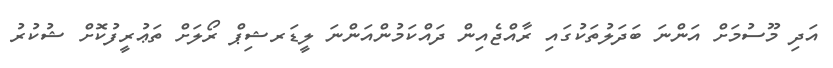
އަދި މޫސުމަށް އަންނަ ބަދަލުތަކުގައި ރާއްޖެއިން ދައްކަމުންއަންނަ ލީޑަރޝިޕް ރޯލަށް ތަޢުރީފުކޮށް ޝުކުރު